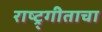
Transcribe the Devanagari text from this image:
राष्ट्र्गीताचा